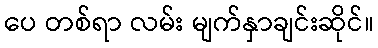
ပေ တစ်ရာ လမ်း မျက်နှာချင်းဆိုင်။